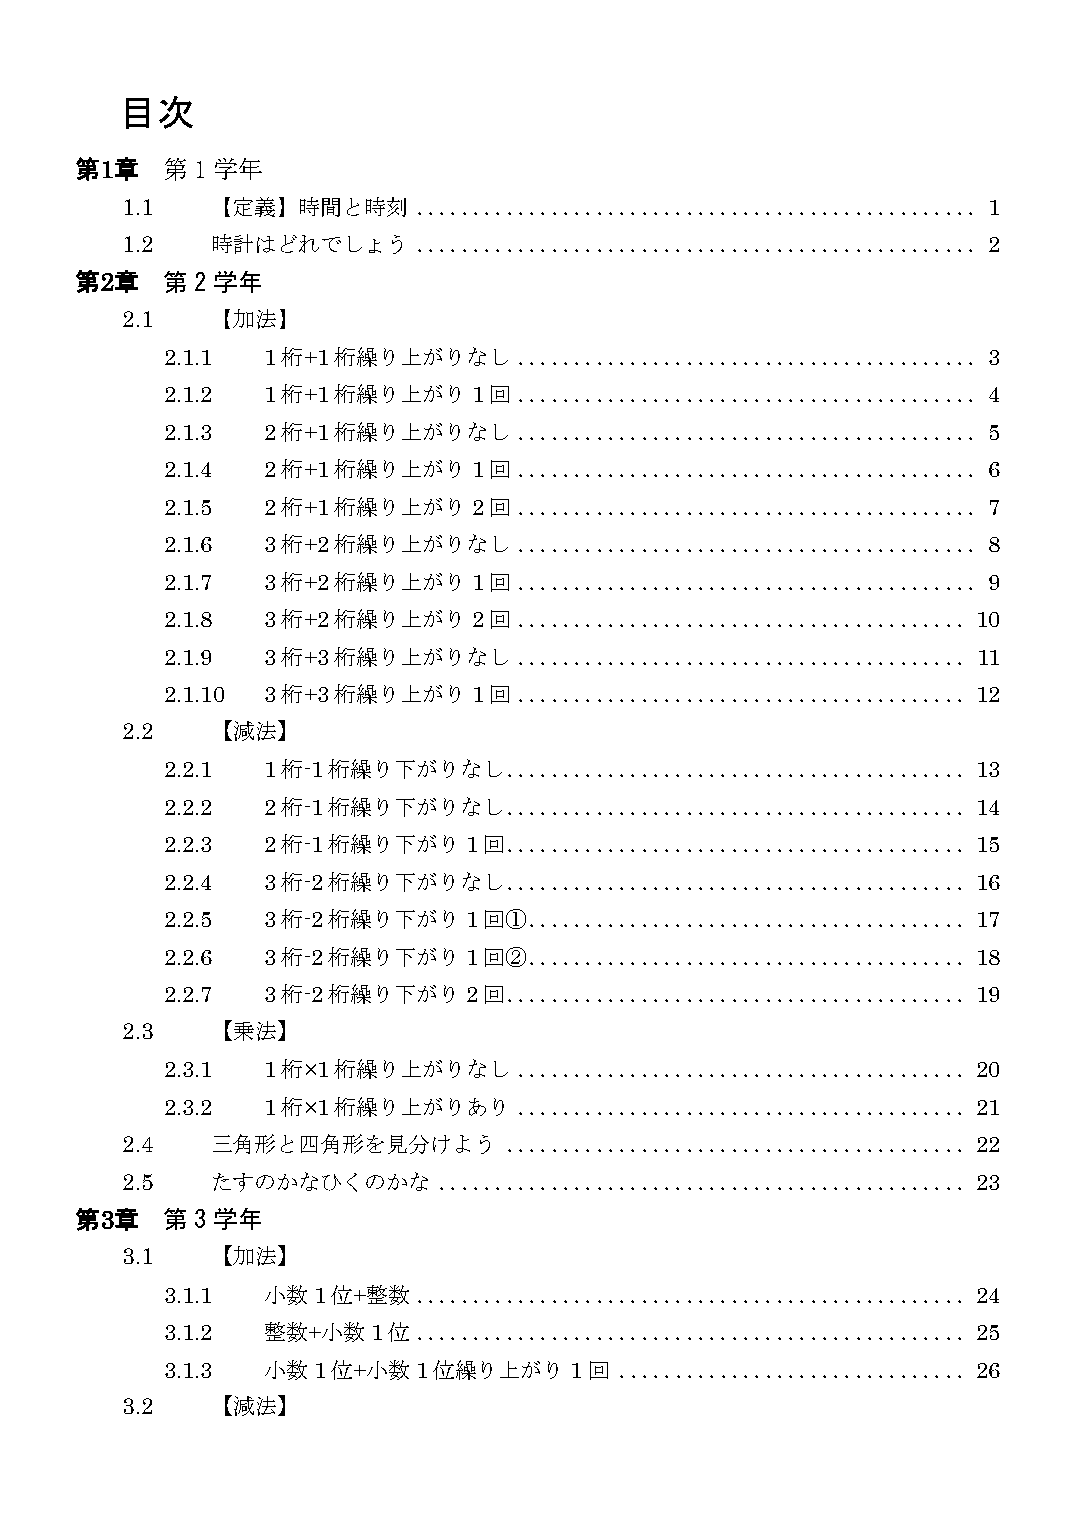
目次
 第1章   第 1学年
 1.1   【定義】時間と時刻     .................................................. 1
 1.2   時計はどれでしょう     .................................................. 2
 第2章   第 2学年
 2.1   【加法】
 2.1.1 1桁+1桁繰り上がりなし     ......................................... 3
 2.1.2 1桁+1桁繰り上がり1回     ......................................... 4
 2.1.3 2桁+1桁繰り上がりなし     ......................................... 5
 2.1.4 2桁+1桁繰り上がり1回     ......................................... 6
 2.1.5 2桁+1桁繰り上がり2回     ......................................... 7
 2.1.6 3桁+2桁繰り上がりなし     ......................................... 8
 2.1.7 3桁+2桁繰り上がり1回     ......................................... 9
 2.1.8 3桁+2桁繰り上がり2回     ........................................ 10
 2.1.9 3桁+3桁繰り上がりなし     ........................................ 11
 2.1.10 3桁+3桁繰り上がり1回    ........................................ 12
 2.2   【減法】
 2.2.1 1桁-1桁繰り下がりなし     ......................................... 13
 2.2.2 2桁-1桁繰り下がりなし     ......................................... 14
 2.2.3 2桁-1桁繰り下がり1回     ......................................... 15
 2.2.4 3桁-2桁繰り下がりなし     ......................................... 16
 2.2.5 3桁-2桁繰り下がり1回①     ....................................... 17
 2.2.6 3桁-2桁繰り下がり1回②     ....................................... 18
 2.2.7 3桁-2桁繰り下がり2回     ......................................... 19
 2.3   【乗法】
 2.3.1 1桁×1桁繰り上がりなし     ........................................ 20
 2.3.2 1桁×1桁繰り上がりあり     ........................................ 21
 2.4   三角形と四角形を見分けよう       ......................................... 22
 2.5   たすのかなひくのかな     ............................................... 23
 第3章   第 3学年
 3.1   【加法】
 3.1.1 小数1位+整数    ................................................. 24
 3.1.2 整数+小数1位    ................................................. 25
 3.1.3 小数1位+小数1位繰り上がり1回        ............................... 26
 3.2   【減法】